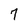
Character: 7